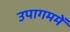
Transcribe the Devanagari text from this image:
उपागममें